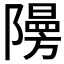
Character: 𮥧